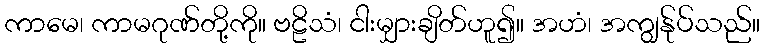
ကာမေ၊ ကာမဂုဏ်တို့ကို။ ဗဠိသံ၊ ငါးမျှားချိတ်ဟူ၍။ အဟံ၊ အကျွန်ုပ်သည်။